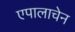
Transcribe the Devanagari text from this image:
एपालाचेन